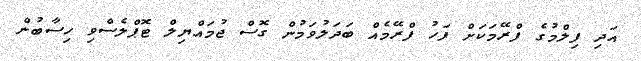
އަދި ފިލްމުގެ ފްރޭމަކަށް ފަހު ފްރޭމެއް ބަދަލުވަމުން ގޮސް ޖުމައްޔިލް ޓޮޕްލެސްވި ހިސާބުން